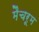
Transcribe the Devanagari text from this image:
मैचरूम